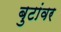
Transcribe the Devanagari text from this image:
बुटांवर